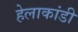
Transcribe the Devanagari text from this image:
हेलाकांडी